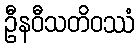
ဦနဝီသတိဝဿံ